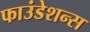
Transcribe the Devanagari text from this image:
फाउंडेशन्स